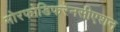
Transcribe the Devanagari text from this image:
मोरफोडिफरेनसीएशन